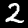
Label: 2